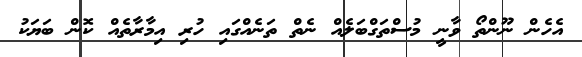
އެހެން ނޫންތޯ ވާނީ މުސްތަގްބަލެއް ނެތް ތަނެއްގައި ހުރި އިމާރާތެއް ކޮން ބަޔަކު